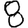
Digit: 8